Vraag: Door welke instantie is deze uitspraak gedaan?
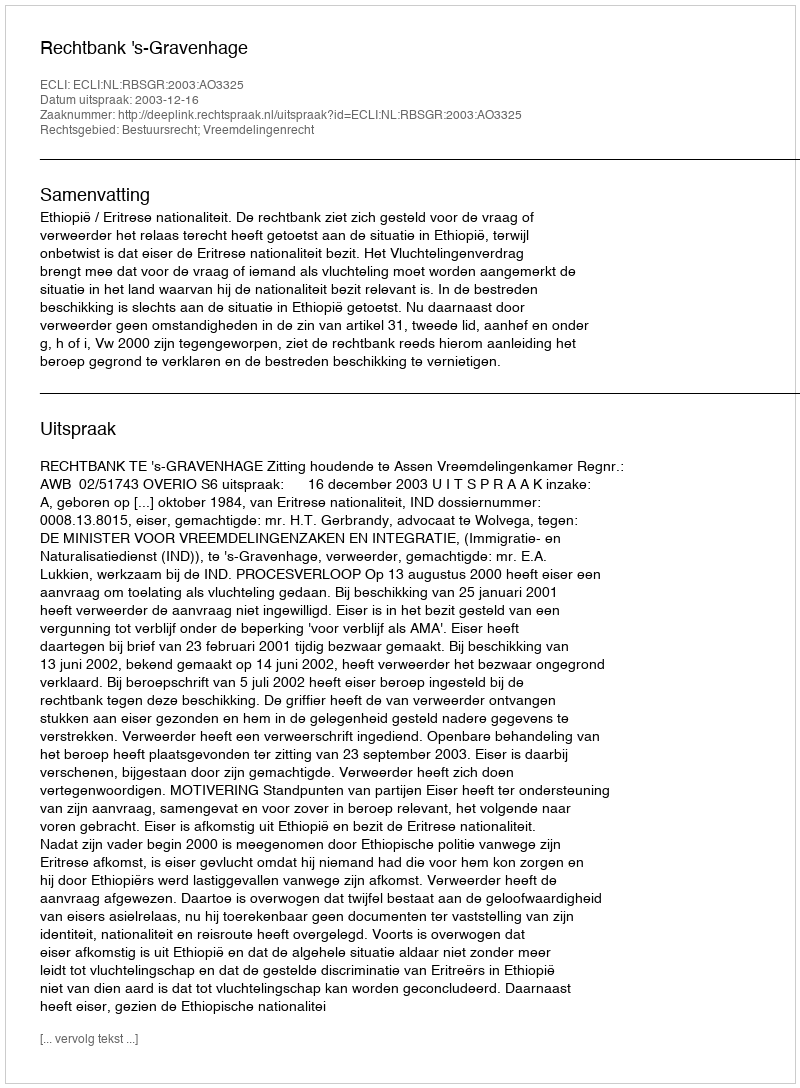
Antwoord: Rechtbank 's-Gravenhage